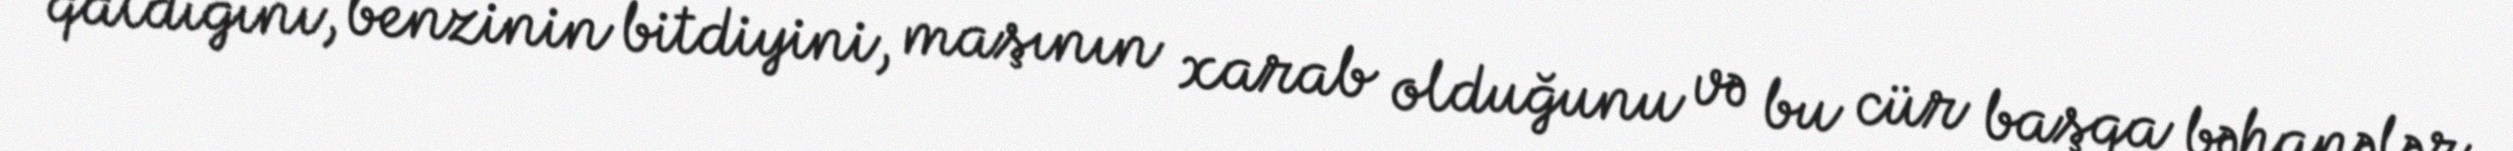
qaldığını, benzinin bitdiyini, maşının xarab olduğunu və bu cür başqa bəhanələr